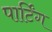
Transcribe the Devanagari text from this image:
पार्टिंग